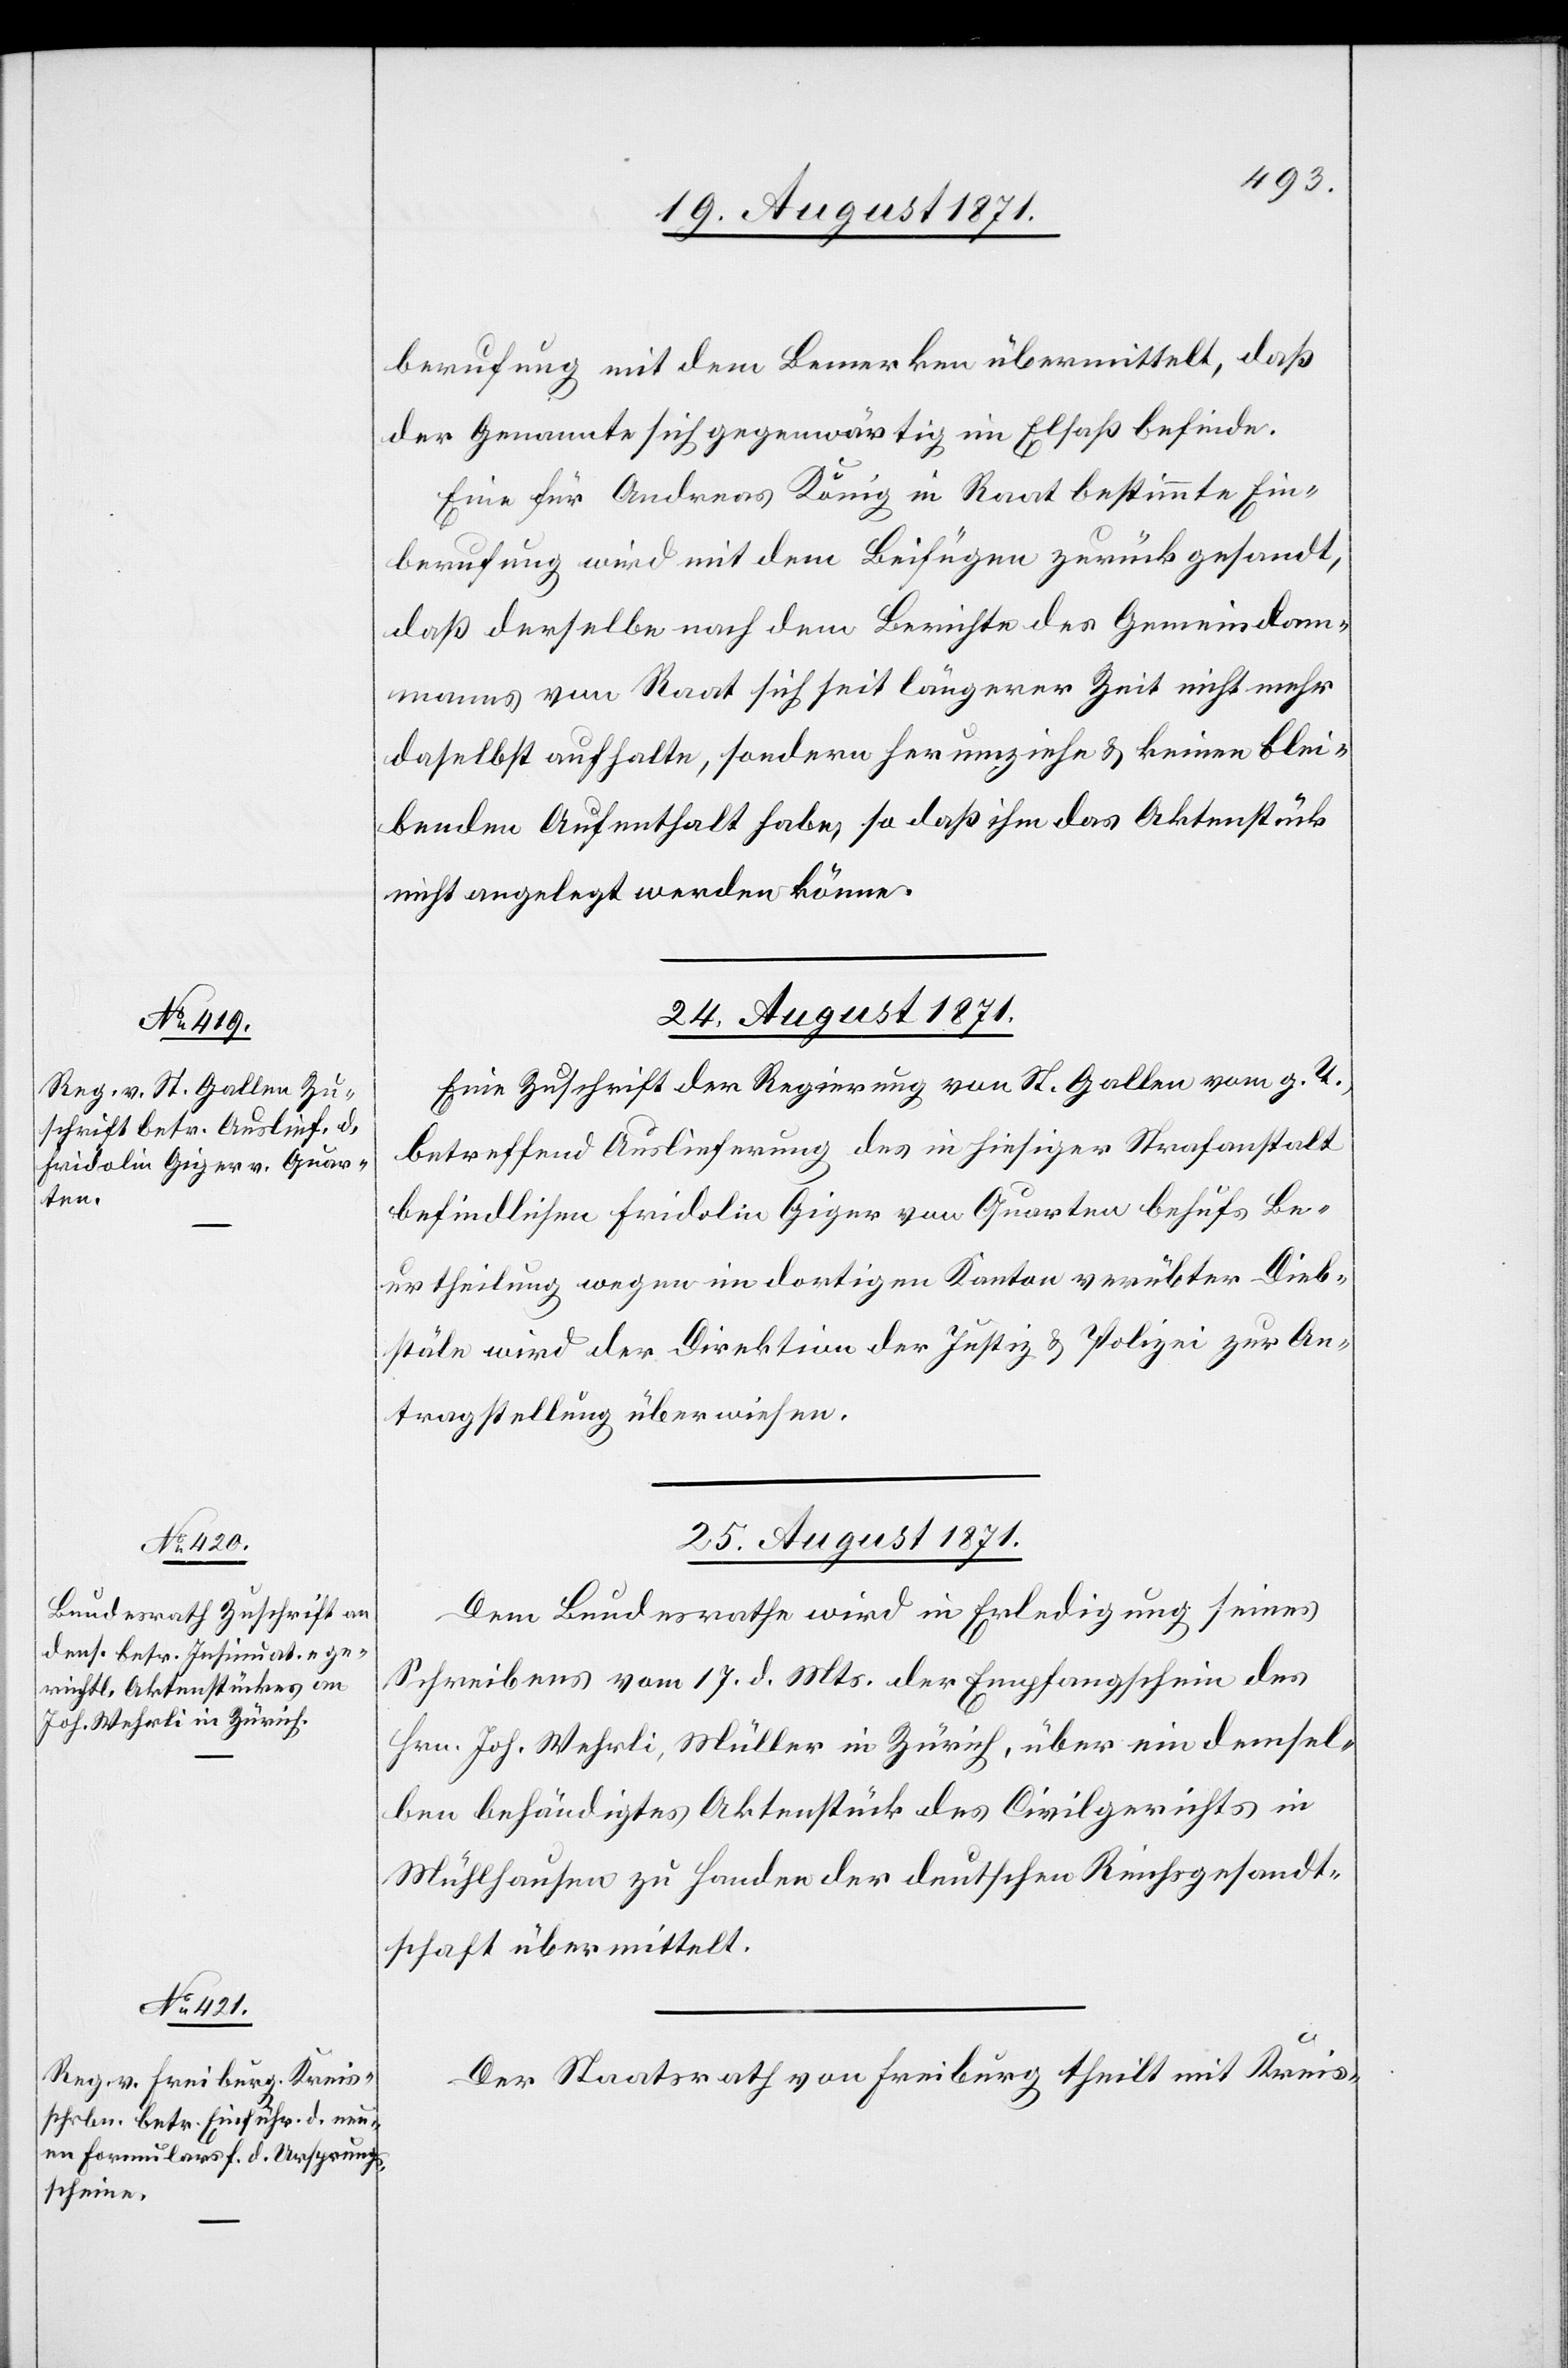
berufung mit dem Bemerken übermittelt, daß
der Genannte sich gegenwärtig im Elsaß befinde.
Eine für Andreas König in Raat bestimmte Ein¬
berufung wird mit dem Beifügen zurückgesandt,
daß derselbe nach dem Berichte des Gemeindam¬
manns von Raat sich seit längerer Zeit nicht mehr
daselbst aufhalte, sondern herumziehe & keinen blei¬
benden Aufenthalt habe, so daß ihm das Aktenstück
nicht angelegt werden könne.
24. August 1871.
Eine Zuschrift der Regierung von St. Gallen vom g. T.
betreffend Auslieferung des in hiesiger Strafanstalt
befindlichen Fridolin Giger von Quarten behufs Be¬
urtheilung wegen im dortigen Kanton verübten Dieb¬
stäle wird der Direktion der Justiz & Polizei zur An¬
tragstellung überwiesen.
25. August 1871]
Dem Bundesrath wird in Erledigung seines
Schreibens vom 17. d. Mts. der Empfangschein des
Hrn. Joh. Wehrli, Müller in Zürich, über ein demsel¬
ben behändigtes Aktenstück des Civilgerichts in
Mühlhausen zu Handen der deutschen Reichsgesandt¬
schaft übermittelt.
Der Staatsrath von Freiburg theilt mit Kreis-